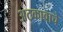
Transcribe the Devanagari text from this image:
अटकावाचे